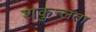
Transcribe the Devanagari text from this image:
शकुन्‍लता